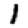
Digit: 1